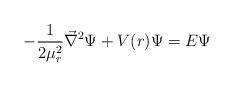
LaTeX: \begin{align*}-{1\over {2\mu_r^2}} {\vec \nabla}^2 \Psi + V(r) \Psi= E \Psi \ \end{align*}